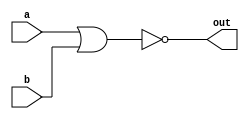
module mynor(out,a,b);
  output out;
  input a,b;
  
  nor nor1(out,a,b);
  
endmodule